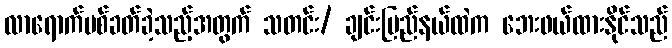
လာရောက်ပစ်ခတ်ခဲ့သည့်အတွက် သတင်း/ ချင်းပြည်နယ်ထဲက ဘေးဖယ်ထားနိုင်သည်